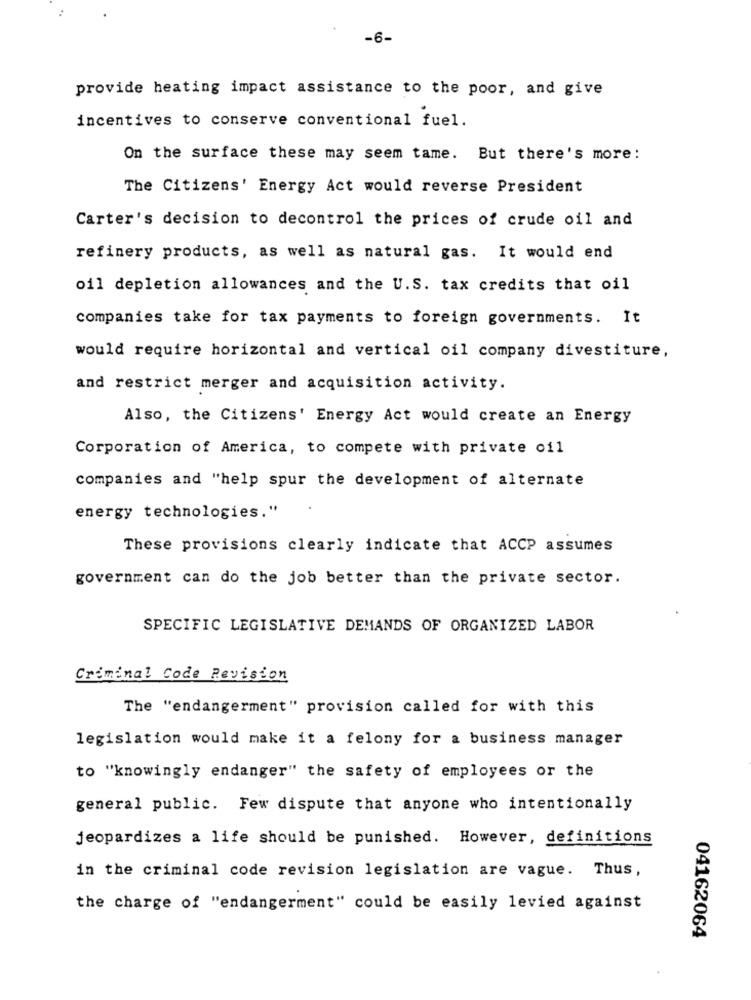
-6-
provide heating impact assistance to the poor, and give
incentives to conserve conventional fuel.
On the surface these may seem tame. But there's more:
The Citizens' Energy Act would reverse President
Carter's decision to decontrol the prices of crude oil and
refinery products, as well as natural gas. It would end
oil depletion allowances and the U.S. tax credits that oil
companies take for tax payments to foreign governments. It
would require horizontal and vertical oil company divestiture,
and restrict merger and acquisition activity.
Also, the Citizens' Energy Act would create an Energy
Corporation of America, to compete with private oil
companies and "help spur the development of alternate
energy technologies."
These provisions clearly indicate that ACCP assumes
government can do the job better than the private sector.
SPECIFIC LEGISLATIVE DEMANDS OF ORGANIZED LABOR
Criminal Code Revision
The "endangerment" provision called for with this
legislation would make it a felony for a business manager
to "knowingly endanger" the safety of employees or the
general public. Few dispute that anyone who intentionally
jeopardizes a life should be punished. However, definitions
in the criminal code revision legislation are vague. Thus,
the charge of "endangerment" could be easily levied against
04162064